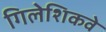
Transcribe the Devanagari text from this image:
गिलेशिकवे